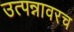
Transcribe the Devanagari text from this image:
उत्पन्नावरच